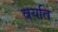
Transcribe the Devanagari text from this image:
वयति